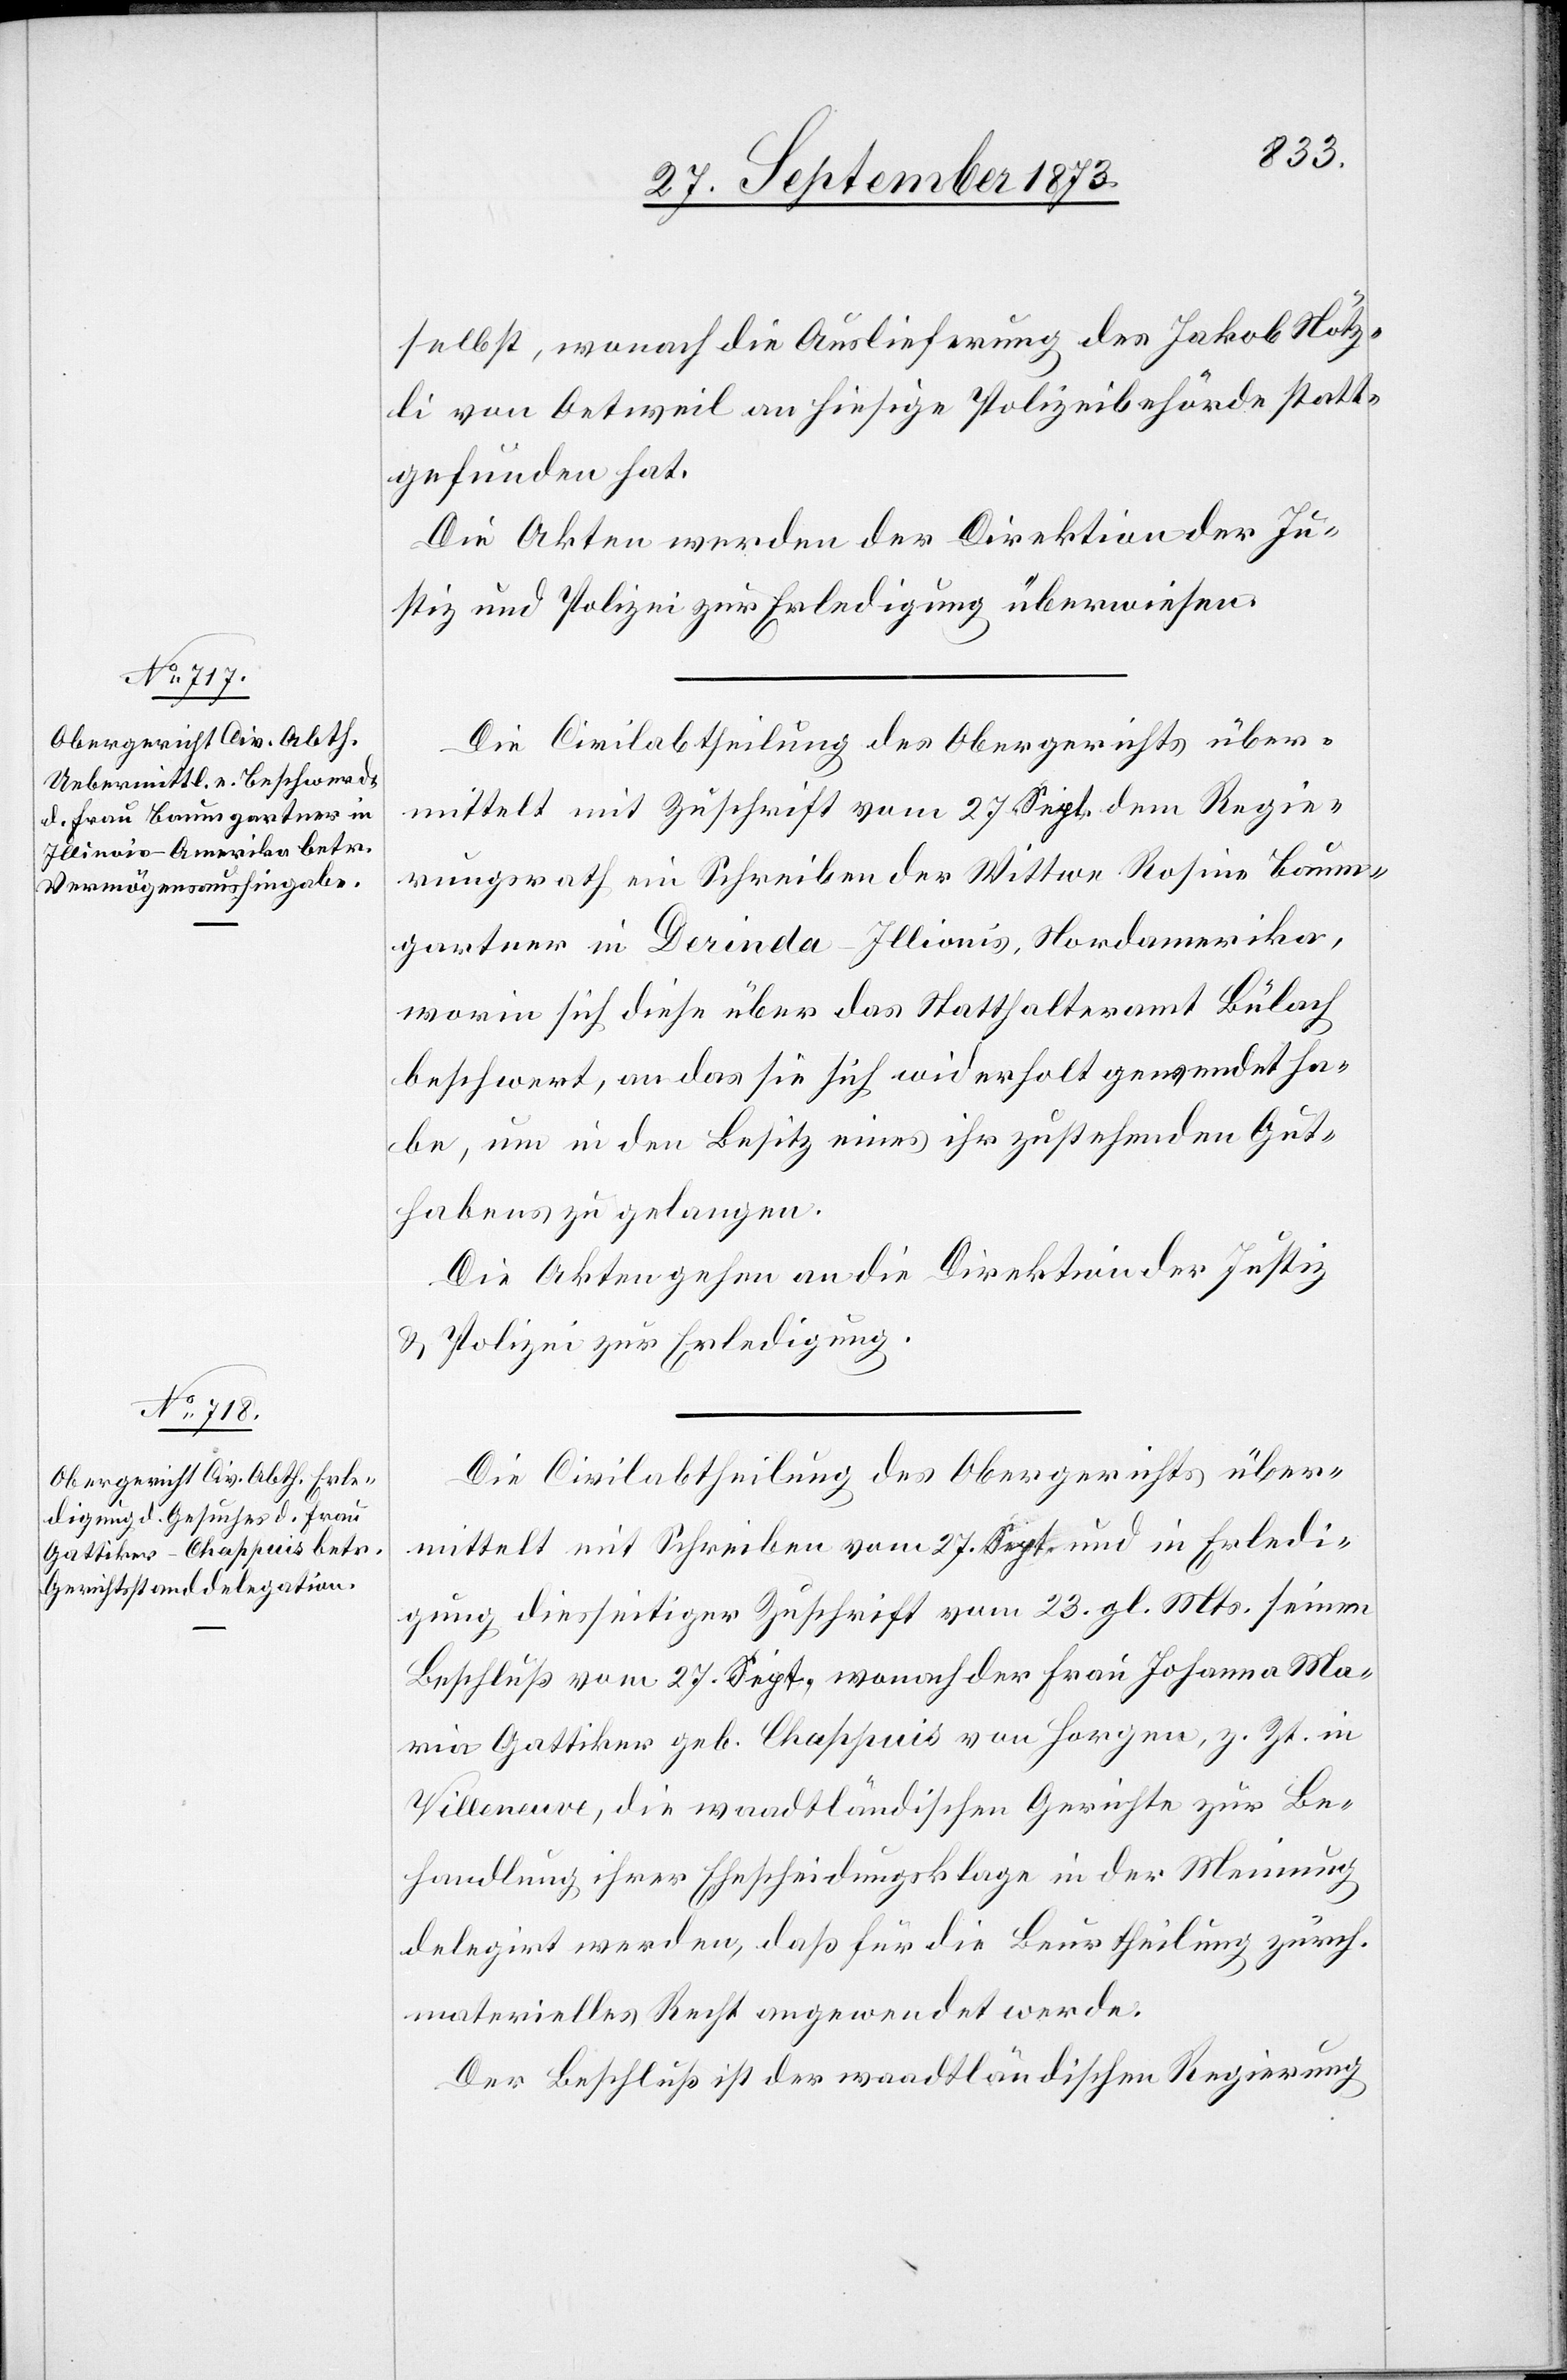
selbst, wonach die Auslieferung des Jakob Nötz¬
li von Oetweil an hiesige Polizeibehörde statt¬
gefunden hat.
Die Akten werden der Direktion der Ju¬
stiz und Polizei zur Erledigung überwiesen.
Die Civilabtheilung des Obergerichts über¬
mittelt mit Zuschrift vom 27. Sept. dem Regie¬
rungsrath ein Schreiben der Wittwe Rosine Baum¬
gartner in Derinda-Illionis [sic!], Nordamerika,
worin sich diese über das Statthalteramt Bülach
beschwert, an das sie sich widerholt gewendet ha¬
be, um in den Besitz eines ihr zustehenden Gut¬
habens zu gelangen.
Die Akten gehen an die Direktion der Justiz
& Polizei zur Erledigung.
Die Civilabtheilung des Obergerichts über¬
mittelt mit Schreiben vom 27. Sept. und in Erledi¬
gung diesseitiger Zuschrift vom 23. gl. Mts. seinen
Beschluß vom 27. Sept. wonach der Frau Johanna Ma¬
ria Gattiker geb. Chappuis von Horgen, z. Zt. in
Villeneuve, die waadtländischen Gerichte zur Be¬
handlung ihrer Ehescheidungsklage in der Meinung
delegirt werden, daß für die Beurtheilung zürch.
materielles Recht angewendet werde.
Der Beschluß ist der waadtländischen Regierung